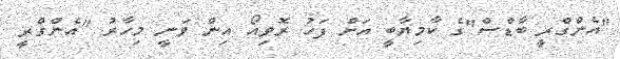
"އެންގްރީ ބާޑްސް"ގެ ކާމިޔާބީ އަށް ފަހު ރޮވިއޯ އިން ވަނީ މިހާރު "އެންގްރީ